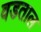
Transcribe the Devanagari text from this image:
वडताल